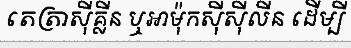
តេត្រាស៊ីគ្លីន ឬអាម៉ុកស៊ីស៊ីលីន ដើម្បី